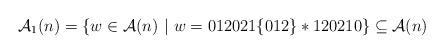
LaTeX: \begin{align*}\mathcal{A}_1(n)=\{w\in \mathcal{A}(n) ~|~ w=012021\{012\}*120210\}\subseteq\mathcal{A}(n)\end{align*}